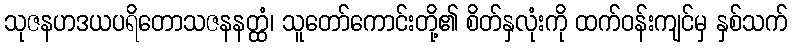
သုဇနဟဒယပရိတောသဇနနတ္ထံ၊ သူတော်ကောင်းတို့၏ စိတ်နှလုံးကို ထက်ဝန်းကျင်မှ နှစ်သက်